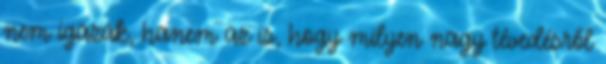
nem igazak, hanem az is, hogy milyen nagy tévedésről